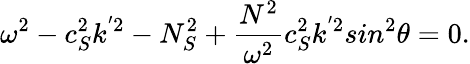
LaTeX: \omega^{2}-c_{S}^{2}k^{'2}-N_{S}^{2}+\frac{N^{2}}{\omega^{2}}c_{S}^{2}k^{'2}sin^{2}\theta=0.